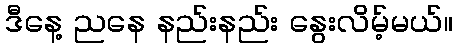
ဒီနေ့ ညနေ နည်းနည်း နွေးလိမ့်မယ်။